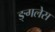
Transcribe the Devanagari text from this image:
ङ्गलेस